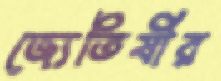
জ্যেতিষীর